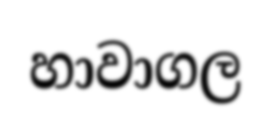
හාවාගල